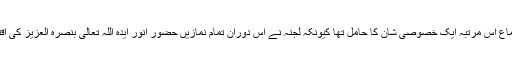
لجنہ کا یہ اجتماع اس مرتبہ ایک خصوصی شان کا حامل تھا کیونکہ لجنہ نے اس دوران تمام نمازیں حضور انور ایدہ اللہ تعالیٰ بنصرہ العزیز کی اقتدا میں ادا کیں۔